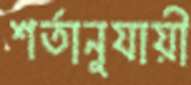
শর্তানুযায়ী